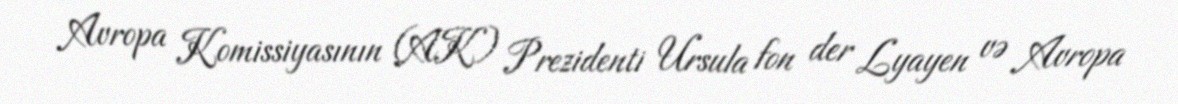
Avropa Komissiyasının (AK) Prezidenti Ursula fon der Lyayen və Avropa